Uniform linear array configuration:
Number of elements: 24
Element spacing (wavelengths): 1
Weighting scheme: kaiser
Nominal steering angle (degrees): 0
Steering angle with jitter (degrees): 1.937
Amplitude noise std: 0.05
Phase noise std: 0.05

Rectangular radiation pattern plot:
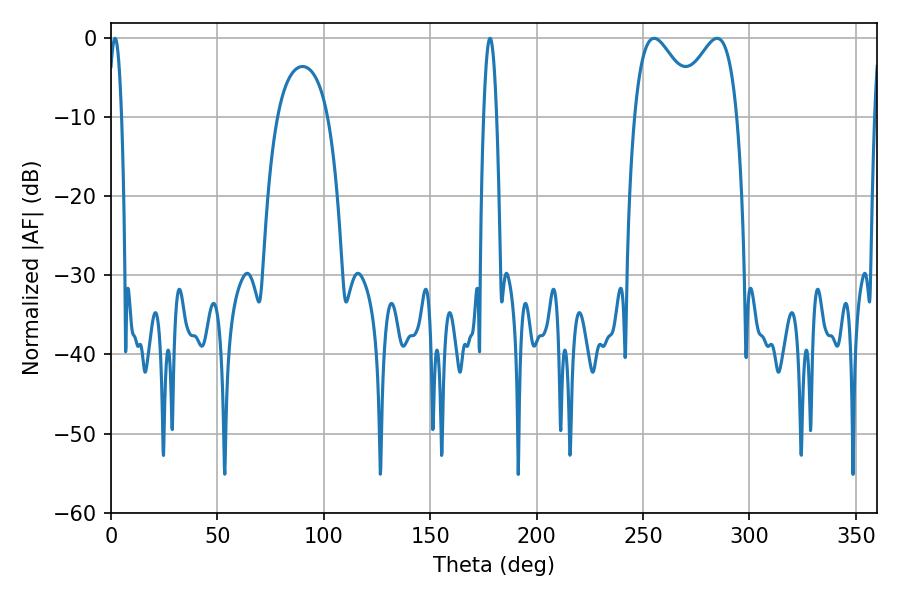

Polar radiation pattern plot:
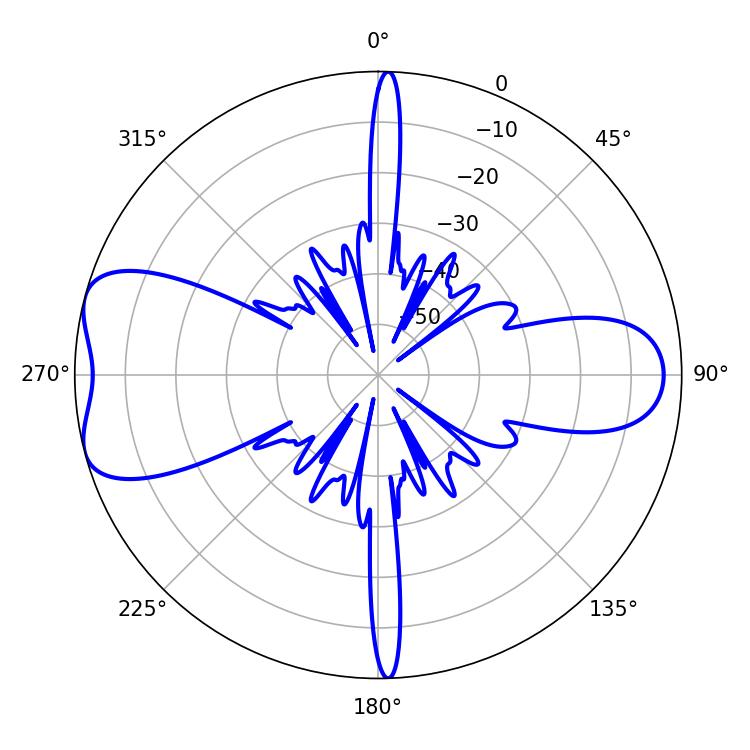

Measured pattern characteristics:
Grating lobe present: TRUE
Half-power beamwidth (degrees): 16.2
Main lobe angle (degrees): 255.24